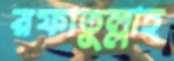
রফাতুল্লাহ